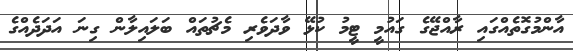
އާންމުގޮތެއްގައި ރާއްޖޭގެ ގައުމީ ޓީމު ކުޅޭ ވާދަވެރި މެޗުތައް ބަލައިލާން ގިނަ އަދަދެއްގެ